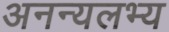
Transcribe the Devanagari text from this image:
अनन्यलभ्य